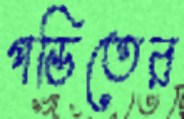
পন্ডিতের